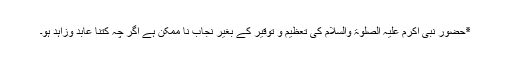
٭حضور نبی اکرم علیہ الصلوٰۃ والسلام کی تعظیم و توقیر کے بغیر نجاب نا ممکن ہے اگر چہ کتنا عابد وزاہد ہو۔